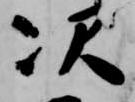
次